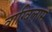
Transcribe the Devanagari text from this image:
वाग्विलास